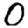
Digit: 0